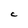
Character: c